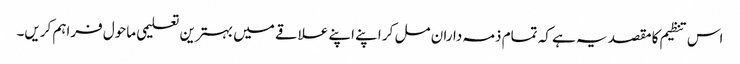
اس تنظیم کا مقصد یہ ہے کہ تمام ذمہ داران مل کر اپنے اپنے علاقے میں بہترین تعلیمی ماحول فراہم کریں۔